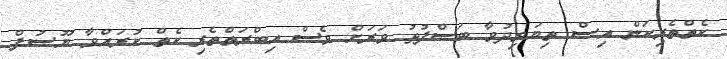
ކެތްތެރިކަން އިސް ތިޔަވިދުވާ ބަސްފުޅު ވަރަށް ވެސް އިބްރަތްތެރި ކެތް ކުރައްވާ ޔޫސުފް